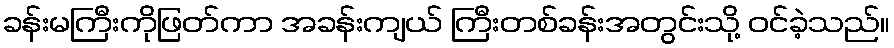
ခန်းမကြီးကိုဖြတ်ကာ အခန်းကျယ် ကြီးတစ်ခန်းအတွင်းသို့ ဝင်ခဲ့သည်။